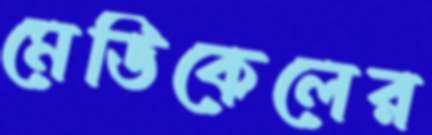
মেডিকেলের